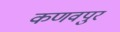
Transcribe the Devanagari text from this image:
कणवपुर